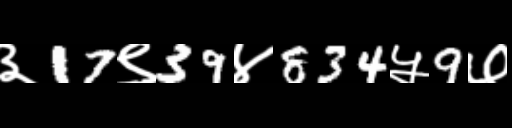
Text: ३17९39४834५9७